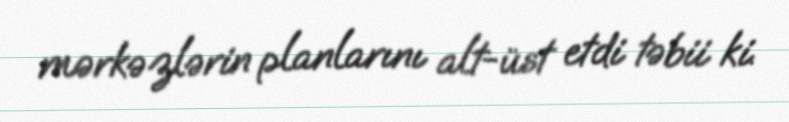
mərkəzlərin planlarını alt-üst etdi təbii ki.